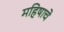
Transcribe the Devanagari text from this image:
महिषाचे